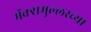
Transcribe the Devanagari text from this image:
मॅक्समुल्लरच्या